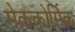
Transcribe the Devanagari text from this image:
मेककोर्मिक